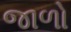
જાળો